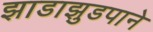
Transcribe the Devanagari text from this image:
झाडाझुडपाने